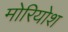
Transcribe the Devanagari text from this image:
मोरियोश